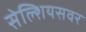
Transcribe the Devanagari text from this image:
सेल्शियसवर